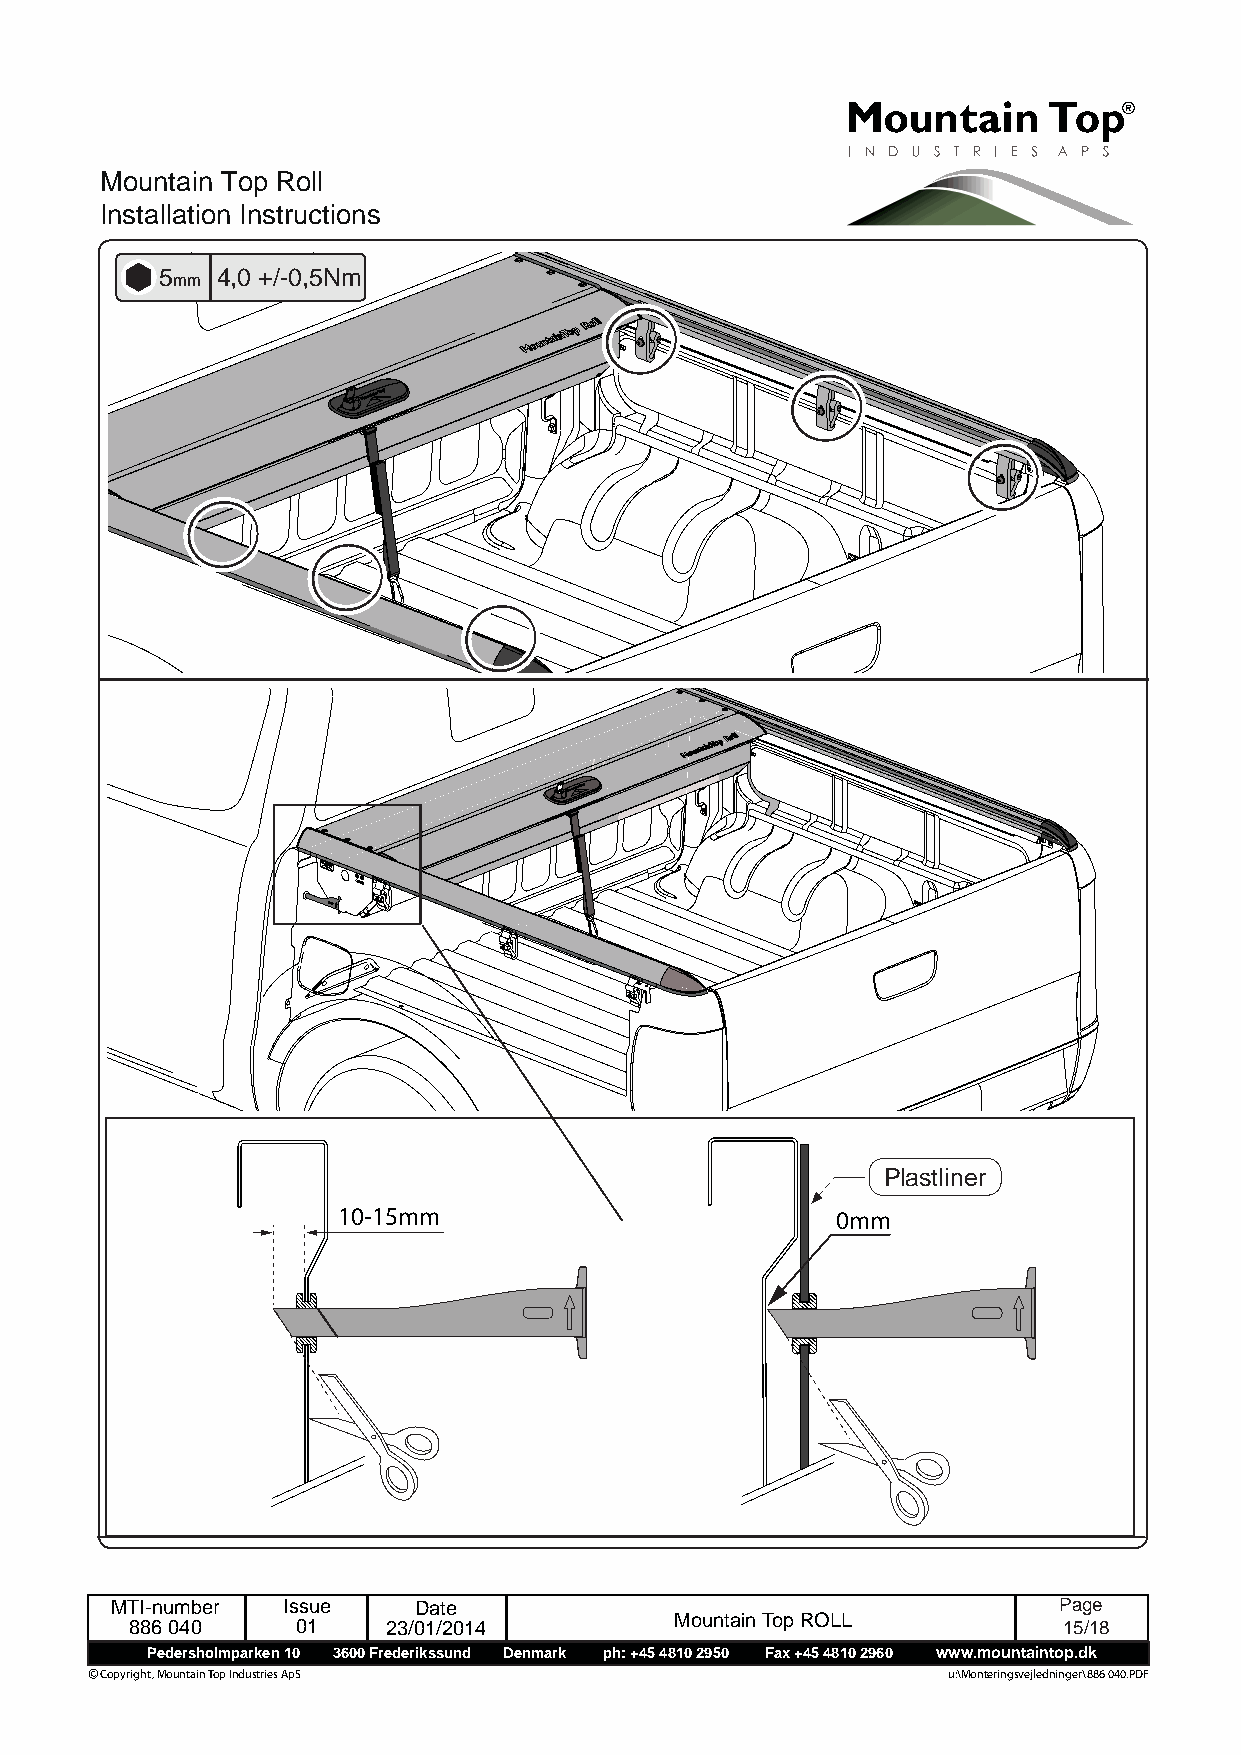
Mountain Top Roll
 Installation Instructions
 5  4,0 +/-0,5Nm
 mm
 Plastliner
 10-15mm                          0mm
 MTI-number  Issue   Date                                       Page
 886 040    01    23/01/2014         Mountain Top ROLL        1 5 /18
 Pedersholmparken 10 3600 Frederikssund Denmark ph: +45 4810 2950 Fax +45 4810 2960 www.mountaintop.dk
 © Copyright, Mountain Top Industries ApS                 u:\Monteringsvejledninger\886 040.PDF